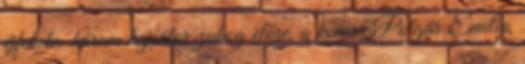
éjfekete: három hajsátor zuhog előre, a komor Polgár Emília,